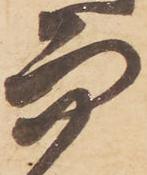
而